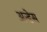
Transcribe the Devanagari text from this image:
अन्डेस